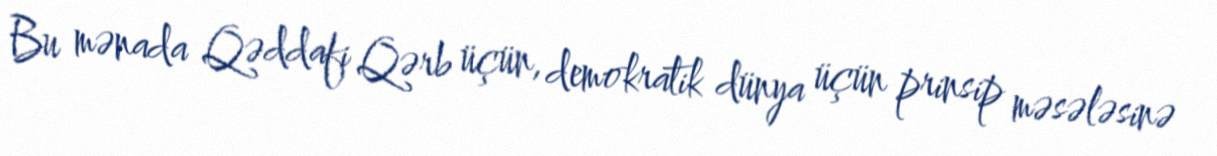
Bu mənada Qəddafi Qərb üçün, demokratik dünya üçün prinsip məsələsinə